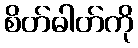
စိတ်ဓါတ်ကို